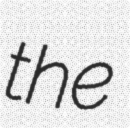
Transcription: the